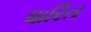
ધારિત